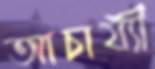
আচার্য্যী